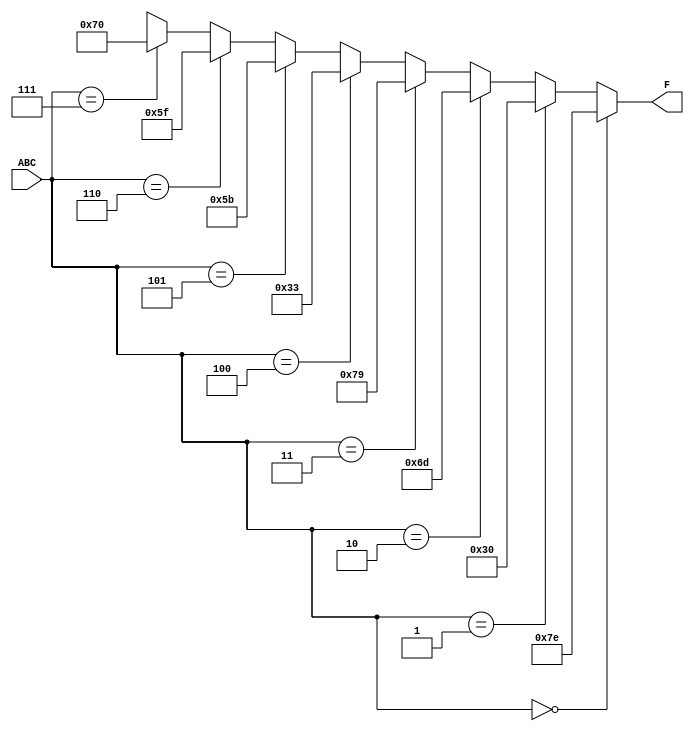
module conditional_decoder_7seg
(
    input wire [2:0] ABC,
    output wire [6:0] F
);

assign F =  (ABC == 3'b000)? 7'b111_1110 :
            (ABC == 3'b001)? 7'b011_0000 :
            (ABC == 3'b010)? 7'b110_1101 :
            (ABC == 3'b011)? 7'b111_1001 :
            (ABC == 3'b100)? 7'b011_0011 :
            (ABC == 3'b101)? 7'b101_1011 :
            (ABC == 3'b110)? 7'b101_1111 :
            (ABC == 3'b111)? 7'b111_0000 :
            7'bxxxxxxx;
endmodule